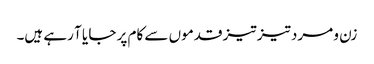
زن و مرد تیز تیز قدموں سے کام پر جا یا آ رہے ہیں۔